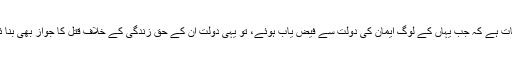
عجب بات ہے کہ جب یہاں کے لوگ ایمان کی دولت سے فیض یاب ہوئے، تو یہی دولت ان کے حقِ زندگی کے خلاف قتل کا جواز بھی بنا ئی گئی۔